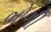
ભોળી